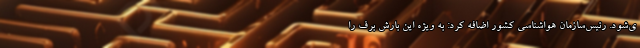
ی‌شود. رئیس‌سازمان هواشناسی کشور اضافه کرد: به ویژه این بارش برف را